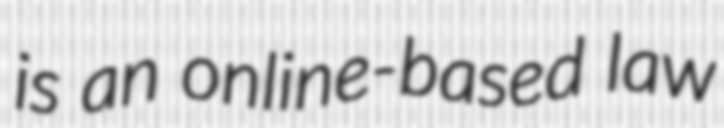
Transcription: is an online-based law